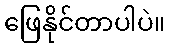
ဖြေနိုင်တာပါပဲ။